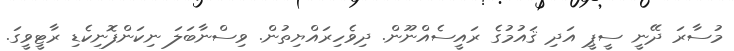
މުސާރަ ދޭނީ ސީޕީ އަދި ޤައުމުގެ ރައީސެއްނޫން. ދިވެހިރައްޔިތުން. ވިސްނާބަލަ ނިކަންފޮނިކެޑި ރާޓީވީގަ.